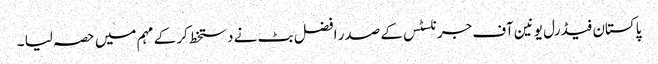
پاکستان فیڈرل یونین آف جرنلسٹس کے صدر افضل بٹ نے دستخط کر کے مہم میں حصہ لیا ۔